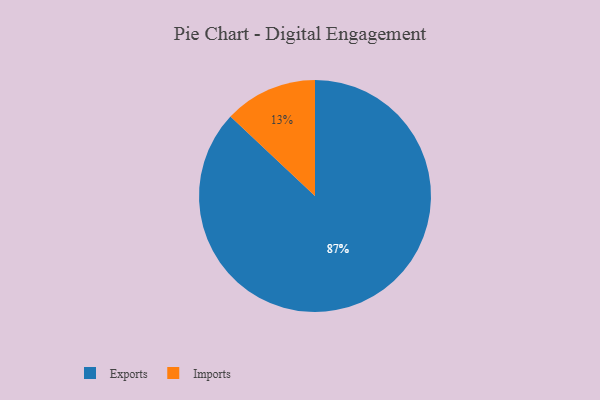
{"axis": {"x": "Category", "y": "Percentage"}, "legend": ["Exports", "Imports"], "data": [{"x": "Exports", "y": 87, "type": "Exports"}, {"x": "Imports", "y": 13, "type": "Imports"}]}